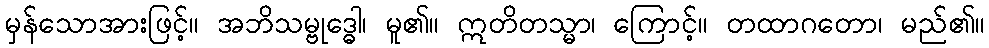
မှန်သောအားဖြင့်။ အဘိသမ္ဗုဒ္ဓေါ၊ မူ၏။ ဣတိတသ္မာ၊ ကြောင့်။ တထာဂတော၊ မည်၏။